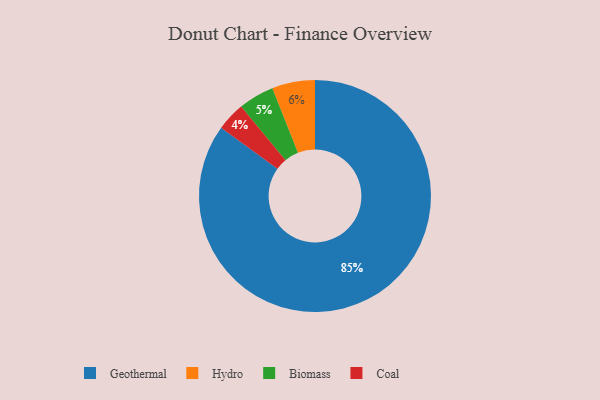
{"axis": {"x": "Category", "y": "Percentage"}, "legend": ["Biomass", "Coal", "Geothermal", "Hydro"], "data": [{"x": "Geothermal", "y": 85, "type": "Geothermal"}, {"x": "Hydro", "y": 6, "type": "Hydro"}, {"x": "Coal", "y": 4, "type": "Coal"}, {"x": "Biomass", "y": 5, "type": "Biomass"}]}